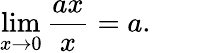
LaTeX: \operatorname*{lim}_{x\to 0}{\frac{ax}{x}}=a.\qquad